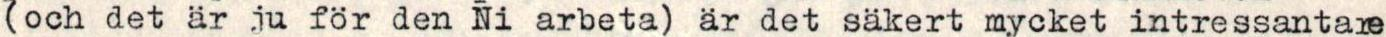
och det är ju för den Ni arbeta) är det säkert mycket intressantare